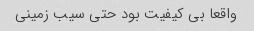
واقعا بی کیفیت بود حتی سیب زمینی